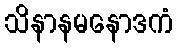
သိနာနမနောဒကံ